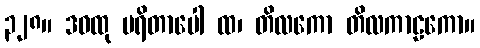
၃၂၈။ ဒဝထု ပရိတာပေါ ထ၊ တိလကော တိလကာဠကော။